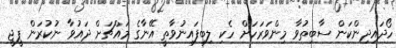
ހޯދައިދިންކަން ސާބިތުވާ މިންވަރަހަށް ހެކި ލިބިފައިނުވާތީ އޭނާގެ މައްޗަށް ދައުވާ ނުކުރަން ޕީޖީ